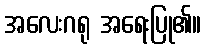
အလေးဂရု အရေးပြု၏။